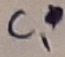
Text: C1